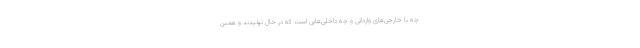
چه با خارجی‌های وارداتی و چه داخلی‌هایی است که در حال تولیدند و همین